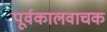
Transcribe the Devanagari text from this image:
पूर्वकालवाचक